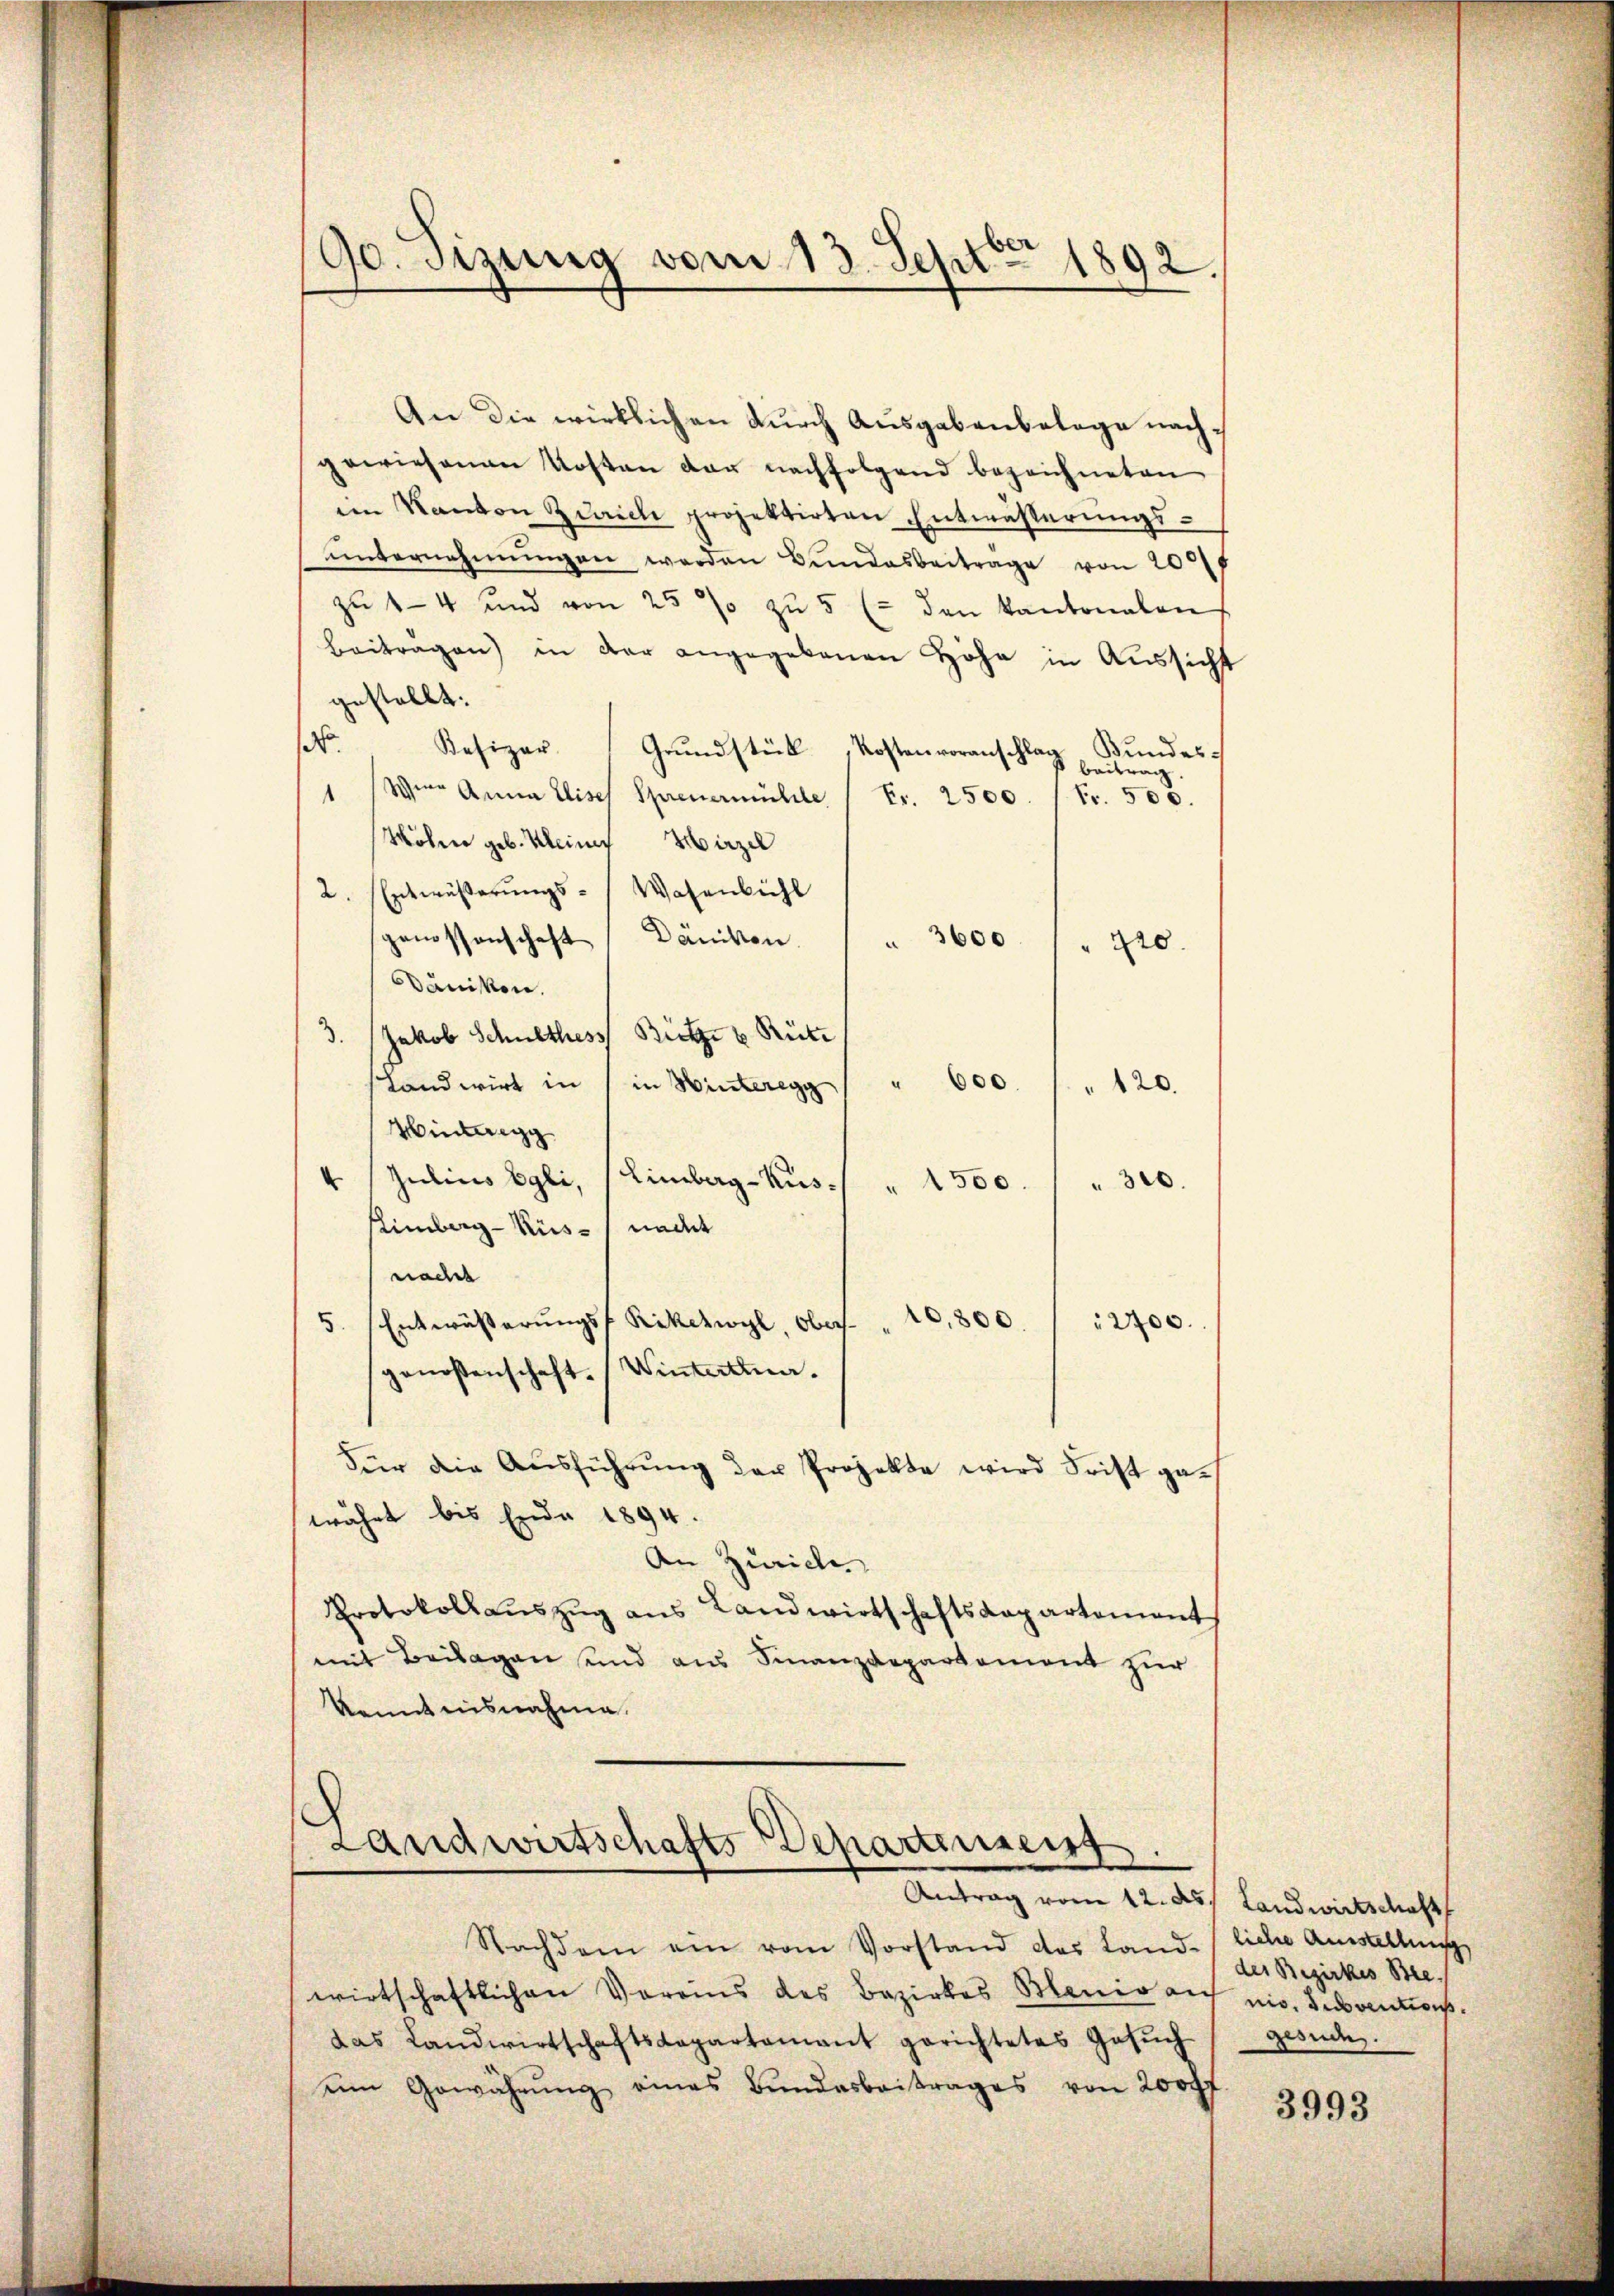
90. Sizung vom 13. Sept. 1892.

An die wirklichen durch Ausgabenbelage nachgewiesenen Kosten der nachfolgend bezeichneten
im Kanton Zürich projektirten Entwässerungsŭnternehmungen werden Bundesbeitrage von 200
zu 14 und von 25 % zŭ 5 (- den kantonalen
Beitragen) in der angegebenen Höhe in Aŭssicht
gestellt:
.
Besizer
Grundstück, Kostenvoranschlag
Bundes
Beitrag
1 (Wien Anna Elisel Sprenermühle   Fr. 2500. / Fr. 500.
Wöhne geb. Meiner Hirzel
2. Entwässerungs- Wasenbühl
genossenschaft, Dänikon.
 3600
210.
Dänikon.
3. Jakob Schulthess Bütze u Rüti
" 600.
Landwirt in 1 in Winteregg
" 120.
Winteregg
4 Julius Egli,
Limberg-Kus¬
30.
" 1500.
Limberg-Küs- 1 nacht
naches
20,800
2700.
5. Entwässerungsf Rikczwyl Obers
genossenschaft. (Winterthun.
Für die Ausführung der Projekte wird Frist gewährt bis Ende 1894.
An Zürich
Protokoll auszug aus Landwirtschaftsdepartement
mit Beilagen sind aus Finanzdepartement zur
kenntnisnahme.

Landwirtschafts Departenseit
e
Antrag vom 12. ds. Landwirtschaft

Nachdem ein vom Vorstand das Land-liche Ausstellung
wirtschaftlichen Vereins des Bezirkes Blenio an mir. Susannes.
das Landwirtschaftsdepartamant gerichtetes Gesŭch
ein Gewährŭng eines Bundesbeitrages von 200 ff.

des Bezirkes Bee
gesuche.

3993